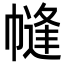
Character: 㡝